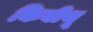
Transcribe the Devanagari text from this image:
किबीथू